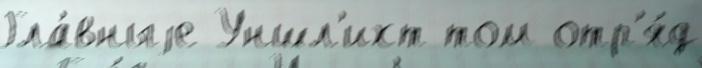
Гла́вныjе Уншл'ихт том отр'я́д